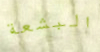
البشعة